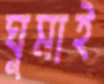
ঘুমাই